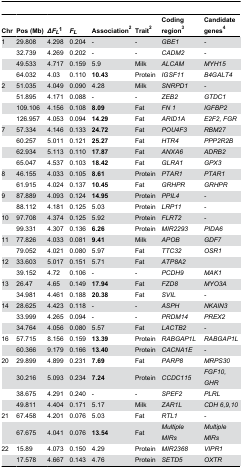
<table><thead><tr><td><b>Chr</b></td><td><b>Pos (Mb)</b></td><td><b><i>ΔF</i><sub><i>L</i></sub><sup>1</sup></b></td><td><b><i>F<sub>L</sub></i></b></td><td><b>Association<sup>2</sup></b></td><td><b>Trait<sup>2</sup></b></td><td><b>Coding region<sup>3</sup></b></td><td><b>Candidate genes<sup>4</sup></b></td></tr></thead><tbody><tr><td>1</td><td>29.808</td><td>4.298</td><td>0.204</td><td>-</td><td>-</td><td><i>GBE1</i></td><td><i>-</i></td></tr><tr><td></td><td>32.739</td><td>4.269</td><td>0.202</td><td>-</td><td>-</td><td><i>CADM2</i></td><td><i>-</i></td></tr><tr><td></td><td>49.533</td><td>4.717</td><td>0.159</td><td>5.9</td><td>Milk</td><td><i>ALCAM</i></td><td><i>MYH15</i></td></tr><tr><td></td><td>64.032</td><td>4.03</td><td>0.110</td><td><b>10.43</b></td><td>Protein</td><td><i>IGSF11</i></td><td><i>B4GALT4</i></td></tr><tr><td>2</td><td>51.035</td><td>4.049</td><td>0.090</td><td>4.28</td><td>Milk</td><td><i>SNRPD1</i></td><td><i>-</i></td></tr><tr><td></td><td>51.895</td><td>4.171</td><td>0.088</td><td>-</td><td>-</td><td><i>ZEB2</i></td><td><i>GTDC1</i></td></tr><tr><td></td><td>109.106</td><td>4.156</td><td>0.108</td><td><b>8.09</b></td><td>Fat</td><td><i>FN 1</i></td><td><i>IGFBP2</i></td></tr><tr><td></td><td>126.957</td><td>4.053</td><td>0.094</td><td><b>14.29</b></td><td>Fat</td><td><i>ARID1A</i></td><td><i>E2F2, FGR</i></td></tr><tr><td>7</td><td>57.334</td><td>4.146</td><td>0.133</td><td><b>24.72</b></td><td>Fat</td><td><i>POU4F3</i></td><td><i>RBM27</i></td></tr><tr><td></td><td>60.257</td><td>5.011</td><td>0.121</td><td><b>25.27</b></td><td>Fat</td><td><i>HTR4</i></td><td><i>PPP2R2B</i></td></tr><tr><td></td><td>62.934</td><td>5.113</td><td>0.110</td><td><b>17.87</b></td><td>Fat</td><td><i>ANXA6</i></td><td><i>ADRB2</i></td></tr><tr><td></td><td>65.047</td><td>4.537</td><td>0.103</td><td><b>18.42</b></td><td>Fat</td><td><i>GLRA1</i></td><td><i>GPX3</i></td></tr><tr><td>8</td><td>46.155</td><td>4.033</td><td>0.105</td><td><b>8.61</b></td><td>Protein</td><td><i>PTAR1</i></td><td><i>PTAR1</i></td></tr><tr><td></td><td>61.915</td><td>4.024</td><td>0.137</td><td><b>10.45</b></td><td>Fat</td><td><i>GRHPR</i></td><td><i>GRHPR</i></td></tr><tr><td>9</td><td>87.889</td><td>4.093</td><td>0.124</td><td><b>14.95</b></td><td>Protein</td><td><i>PPIL4</i></td><td><i>-</i></td></tr><tr><td></td><td>88.112</td><td>4.181</td><td>0.125</td><td>5.03</td><td>Protein</td><td><i>LRP11</i></td><td><i>-</i></td></tr><tr><td>10</td><td>97.708</td><td>4.374</td><td>0.125</td><td>5.92</td><td>Protein</td><td><i>FLRT2</i></td><td><i>-</i></td></tr><tr><td></td><td>99.331</td><td>4.307</td><td>0.136</td><td><b>6.26</b></td><td>Protein</td><td><i>MIR2293</i></td><td><i>PIDA6</i></td></tr><tr><td>11</td><td>77.826</td><td>4.033</td><td>0.081</td><td><b>9.41</b></td><td>Milk</td><td><i>APOB</i></td><td><i>GDF7</i></td></tr><tr><td></td><td>79.052</td><td>4.021</td><td>0.080</td><td>5.97</td><td>Fat</td><td><i>TTC32</i></td><td><i>OSR1</i></td></tr><tr><td>12</td><td>33.603</td><td>5.017</td><td>0.151</td><td>5.71</td><td>Fat</td><td><i>ATP8A2</i></td><td></td></tr><tr><td></td><td>39.152</td><td>4.72</td><td>0.106</td><td>-</td><td>-</td><td><i>PCDH9</i></td><td><i>MAK1</i></td></tr><tr><td>13</td><td>26.47</td><td>4.65</td><td>0.149</td><td><b>17.94</b></td><td>Fat</td><td><i>FZD8</i></td><td><i>MYO3A</i></td></tr><tr><td></td><td>34.981</td><td>4.461</td><td>0.188</td><td><b>20.38</b></td><td>Fat</td><td><i>SVIL</i></td><td><i>-</i></td></tr><tr><td>14</td><td>28.625</td><td>4.423</td><td>0.118</td><td>-</td><td>-</td><td><i>ASPH</i></td><td><i>NKAIN3</i></td></tr><tr><td></td><td>33.999</td><td>4.265</td><td>0.094</td><td>-</td><td>-</td><td><i>PRDM14</i></td><td><i>PREX2</i></td></tr><tr><td></td><td>34.764</td><td>4.056</td><td>0.080</td><td>5.57</td><td>Fat</td><td><i>LACTB2</i></td><td><i>-</i></td></tr><tr><td>16</td><td>57.715</td><td>8.156</td><td>0.159</td><td><b>13.39</b></td><td>Protein</td><td><i>RABGAP1L</i></td><td><i>RABGAP1L</i></td></tr><tr><td></td><td>60.366</td><td>9.179</td><td>0.166</td><td><b>13.40</b></td><td>Protein</td><td><i>CACNA1E</i></td><td><i>-</i></td></tr><tr><td>20</td><td>29.899</td><td>4.899</td><td>0.231</td><td><b>7.69</b></td><td>Fat</td><td><i>PARP8</i></td><td><i>MRPS30</i></td></tr><tr><td></td><td>30.216</td><td>5.093</td><td>0.234</td><td><b>7.24</b></td><td>Protein</td><td><i>CCDC115</i></td><td><i>FGF10, GHR</i></td></tr><tr><td></td><td>38.675</td><td>4.291</td><td>0.240</td><td>-</td><td>-</td><td><i>SPEF2</i></td><td><i>PLRL</i></td></tr><tr><td></td><td>49.811</td><td>4.404</td><td>0.171</td><td>5.17</td><td>Milk</td><td><i>ZAR1L</i></td><td><i>CDH 6,9,10</i></td></tr><tr><td>21</td><td>67.458</td><td>4.201</td><td>0.076</td><td>5.03</td><td>Fat</td><td><i>RTL1</i></td><td><i>-</i></td></tr><tr><td></td><td>67.675</td><td>4.041</td><td>0.076</td><td><b>13.54</b></td><td>Fat</td><td><i>Multiple MIRs</i></td><td><i>Multiple MIRs</i></td></tr><tr><td>22</td><td>15.89</td><td>4.073</td><td>0.150</td><td>4.29</td><td>Protein</td><td><i>MIR2368</i></td><td><i>VIPR1</i></td></tr><tr><td></td><td>17.578</td><td>4.667</td><td>0.143</td><td>4.76</td><td>Protein</td><td><i>SETD5</i></td><td><i>OXTR</i></td></tr></tbody></table>